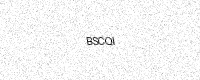
Text: BSCQI